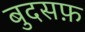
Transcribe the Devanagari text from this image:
बुदसफ़